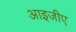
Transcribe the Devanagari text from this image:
आइजीए